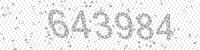
Solution: 643984